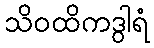
သိဝထိကဒွါရံ